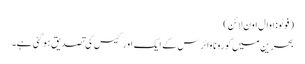
( فوٹو: اوال اون لائن)
بحرین میں کورونا وائرس کے ایک اور کیس کی تصدیق ہو گئی ہے۔